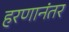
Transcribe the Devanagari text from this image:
हरणानंतर